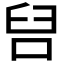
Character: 𭇦